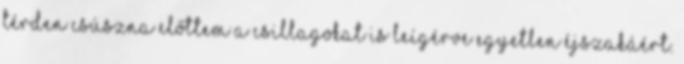
térden csúszna előttem a csillagokat is leígérve egyetlen éjszakáért.